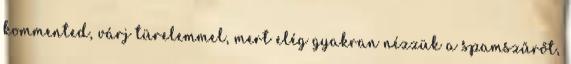
kommented, várj türelemmel, mert elég gyakran nézzük a spamszűrőt,